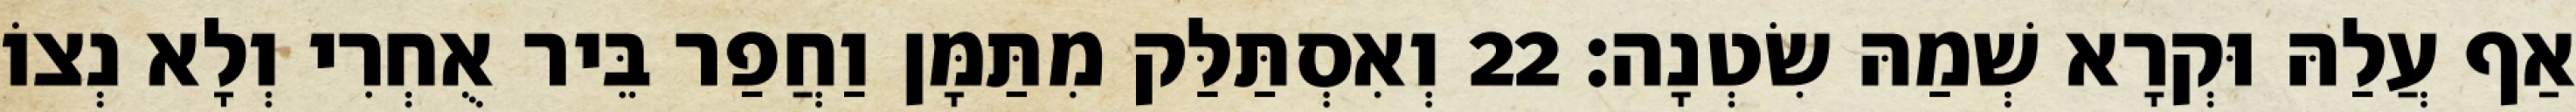
אַף עֲלַהּ וּקְרָא שְׁמַהּ שִׂטְנָה׃ 22 וְאִסְתַּלַּק מִתַּמָּן וַחֲפַר בֵּיר אֻחְרִי וְלָא נְצוֹ